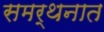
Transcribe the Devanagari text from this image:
समर्थनात